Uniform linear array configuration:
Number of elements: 16
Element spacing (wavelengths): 0.75
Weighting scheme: cosine
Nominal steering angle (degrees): -60
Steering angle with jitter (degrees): -59.248
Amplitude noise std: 0.05
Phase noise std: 0.05

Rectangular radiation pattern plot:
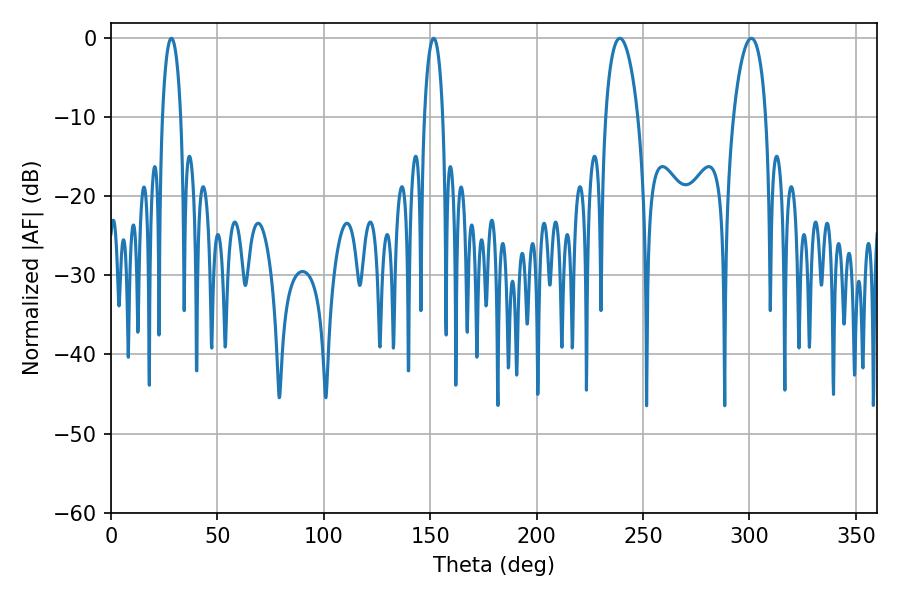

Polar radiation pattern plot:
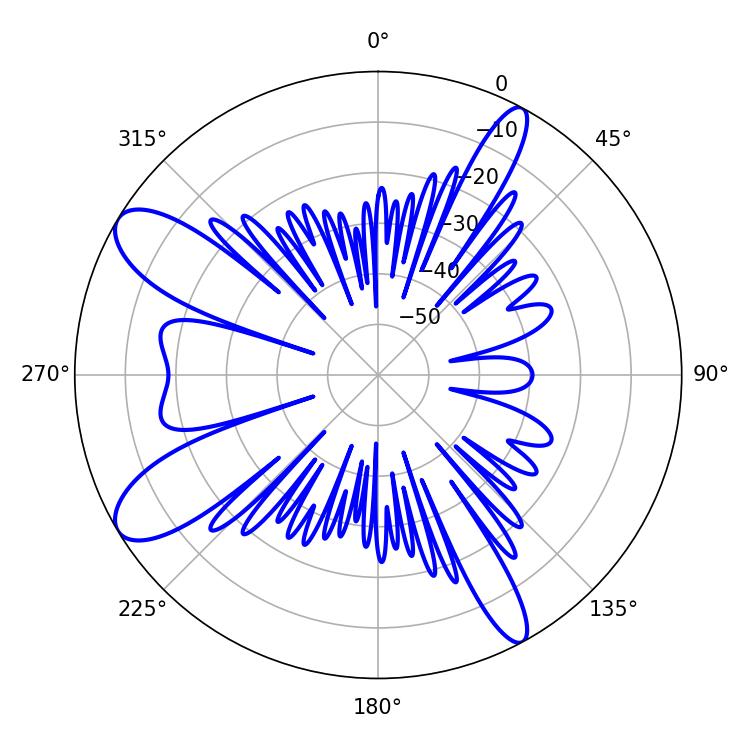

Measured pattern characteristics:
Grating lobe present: TRUE
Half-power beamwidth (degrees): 8.64
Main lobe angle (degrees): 239.04